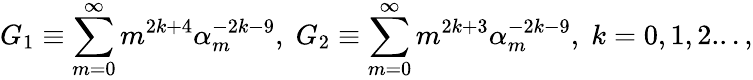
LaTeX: G_{1}\equiv\sum_{m=0}^{\infty}m^{2k+4}\alpha_{m}^{-2k-9},\; G_{2}\equiv\sum_{m=0}^{\infty}m^{2k+3}\alpha_{m}^{-2k-9},\; k=0,1,2...,